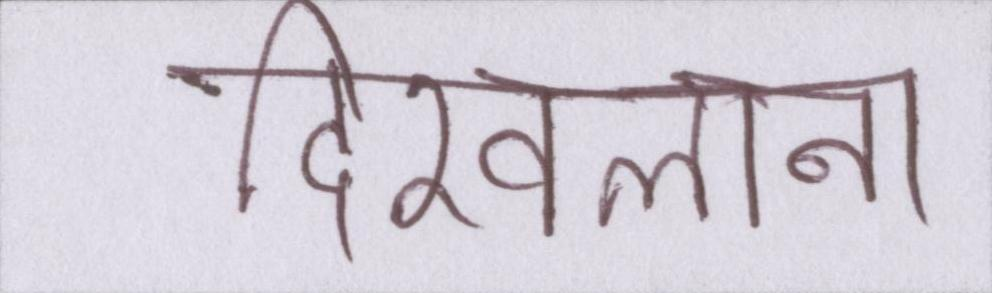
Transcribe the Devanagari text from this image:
दिखलाना